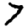
Digit: 7